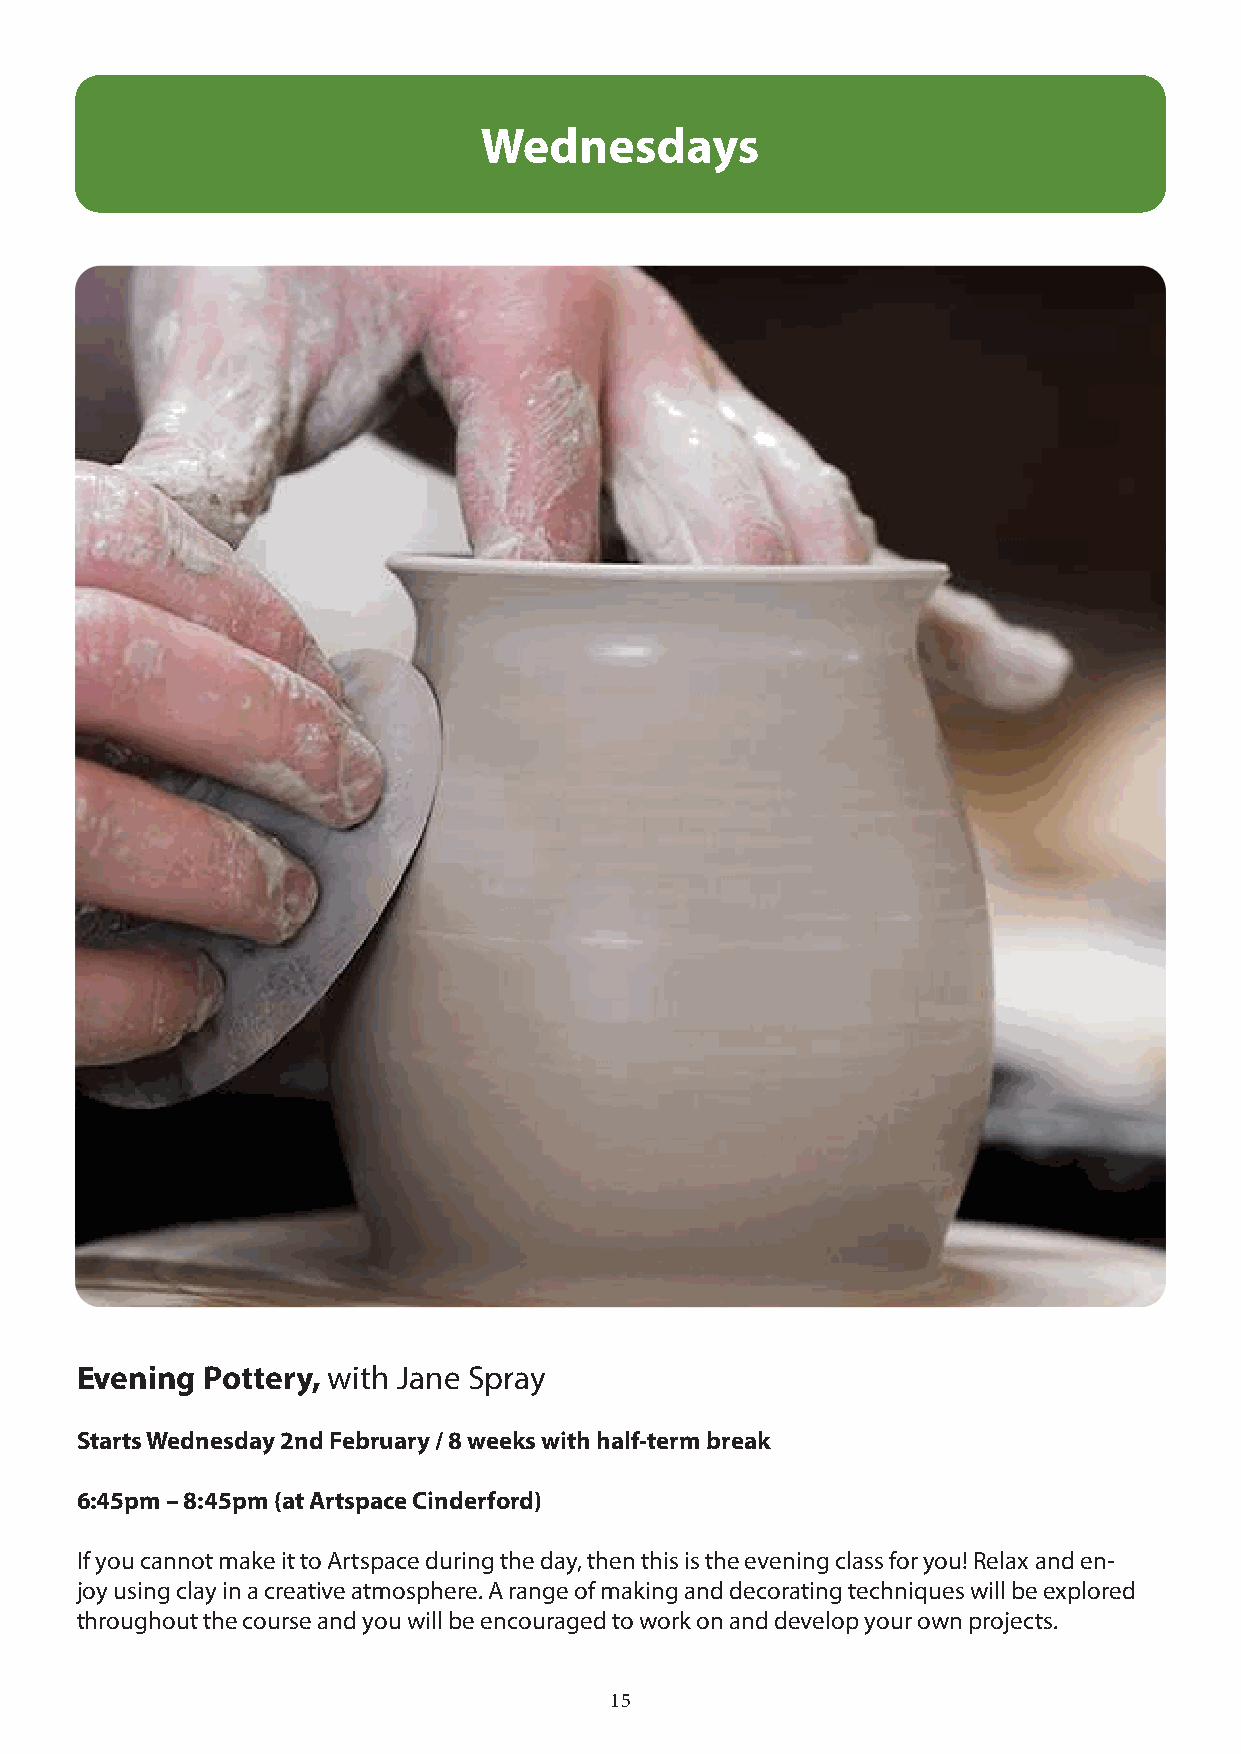
Wednesdays
 Evening Pottery, with Jane Spray
 Starts Wednesday 2nd February / 8 weeks with half-term break
 6:45pm – 8:45pm (at Artspace Cinderford)
 If you cannot make it to Artspace during the day, then this is the evening class for you! Relax and en-
 joy using clay in a creative atmosphere. A range of making and decorating techniques will be explored
 throughout the course and you will be encouraged to work on and develop your own projects.
 15